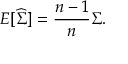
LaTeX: E [ { \widehat { \boldsymbol { \Sigma } } } ] = { \frac { n - 1 } { n } } { \boldsymbol { \Sigma } } .